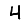
Digit: 4